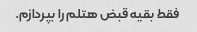
فقط بقیه قبض هتلم را بپردازم.